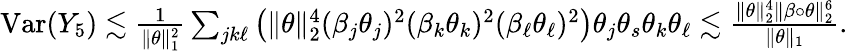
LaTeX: \begin{array}{r}{\mathrm{Var}(Y_{5})\lesssim\frac{1}{\| \theta\| _{1}^{2}}\sum_{jk\ell}\big(\| \theta\| _{2}^{4}(\beta_{j}\theta_{j})^{2}(\beta_{k}\theta_{k})^{2}(\beta_{\ell}\theta_{\ell})^{2}\big)\theta_{j}\theta_{s}\theta_{k}\theta_{\ell}\lesssim\frac{\| \theta\| _{2}^{4}\| \beta\circ\theta\| _{2}^{6}}{\| \theta\| _{1}}.}\end{array}